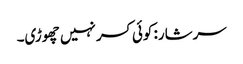
سرشار: کوئی کسر نہیں چھوڑی۔